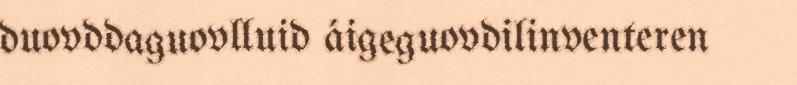
duovddaguovlluid áigeguovdilinventeren